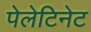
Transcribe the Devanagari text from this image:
पेलेटिनेट